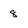
Character: 8